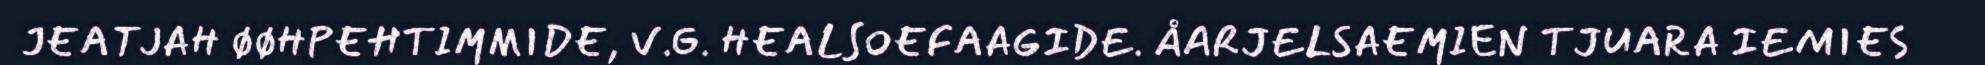
JEATJAH ØØHPEHTIMMIDE, V.G. HEALSOEFAAGIDE. ÅARJELSAEMIEN TJUARA IEMIES